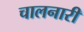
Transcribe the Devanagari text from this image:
चालनारी